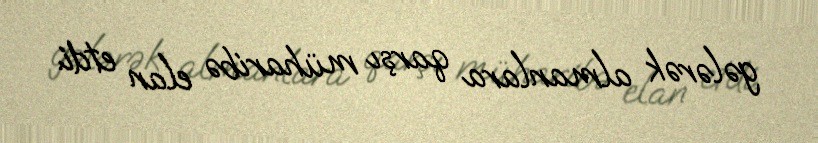
gələrək almanlara qarşı müharibə elan etdi.